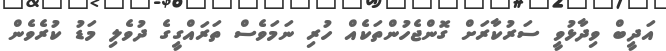
އަދީބް ވިދާޅުވީ ސަރުކާރަށް ގޮންޖެހުންތަކެއް ހުރި ނަމަވެސް ތަރައްގީގެ ދުވެލި މަޑު ކުރެވެން